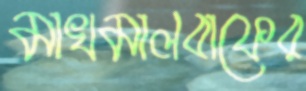
মাখমালবাফের